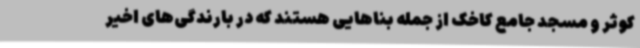
کوثر و مسجد جامع کاخک از جمله بناهایی هستند که در بارندگی‌های اخیر